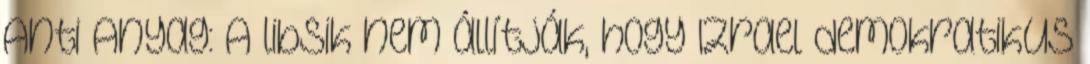
Anti Anyag: A libsik nem állítják, hogy Izrael demokratikus